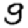
Digit: 9